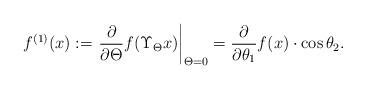
LaTeX: \begin{align*}f^{(1)}(x):=\left.\frac{\partial}{\partial\Theta}f(\Upsilon_\Theta x)\right|_{\Theta=0}=\frac{\partial}{\partial\theta_1}f(x)\cdot\cos\theta_2.\end{align*}